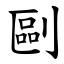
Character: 剾